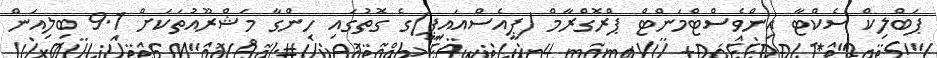
ޕަބްލިކް ސެކްޓާ އިންވެސްޓްމަންޓް ޕްރޮގްރާމް (ޕީއެސްއައިޕީ)ގެ ގޮތުގައި ހިންގާ މަޝްރޫއުތަކަށް 9.1 ބިލިއަން